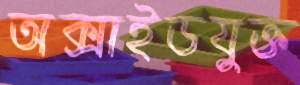
অক্সাইডযুক্ত